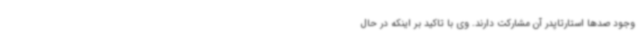
وجود صدها استارتاپدر آن مشارکت دارند. وی با تاکید بر اینکه در حال